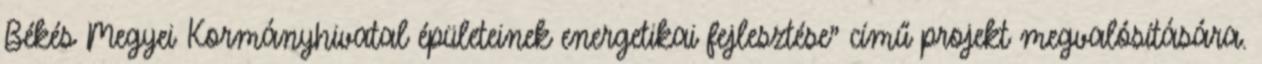
Békés Megyei Kormányhivatal épületeinek energetikai fejlesztése” című projekt megvalósítására.